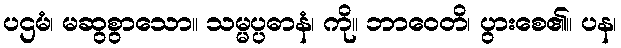
ပဌမံ၊ မဆွစွာသော။ သမ္မပ္ပဓာနံ၊ ကို။ ဘာဝေတိ၊ ပွားစေ၏။ ပန၊